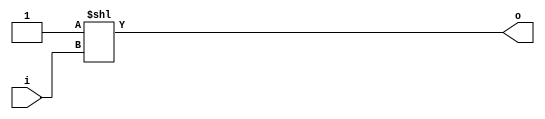
module bsg_decode_num_out_p8
(
  i,
  o
);

  input [2:0] i;
  output [7:0] o;
  wire [7:0] o;
  assign o = { 1'b0, 1'b0, 1'b0, 1'b0, 1'b0, 1'b0, 1'b0, 1'b1 } << i;

endmodule